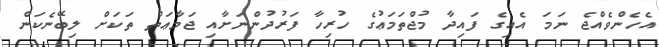
އެހެންވެއްޖެ ނަމަ އެއިގެ ފައިދާ މުޖްތަމަޢުގެ ހުރިހާ ފަރުދުންނަށާއި ޖަމާޢަތް ތަކަށް ލިބޭނެކަން